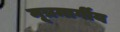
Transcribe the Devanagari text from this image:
मूत्रमार्गीय